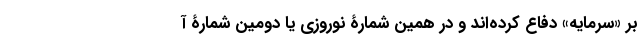
بر «سرمایه» دفاع کرده‌اند و در همین شمارۀ نوروزی یا دومین شمارۀ آ